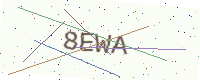
Text: 8EWA